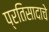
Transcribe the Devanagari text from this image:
प्रतिसादाचे